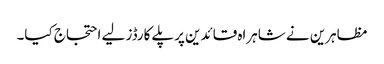
مظاہرین نے شاہراہ قائدین پرپلے کارڈز لیے احتجاج کیا۔